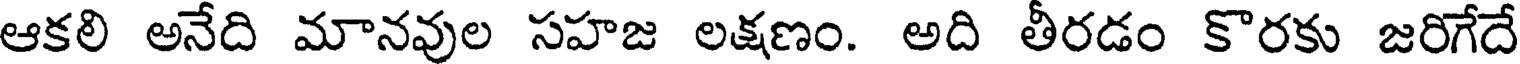
ఆకలి అనేది మానవుల సహజ లక్షణం. అది తీరడం కొరకు జరిగేదే